Vaccination in the Punjab 1919-1929 - 1919-1929
Year: 1919
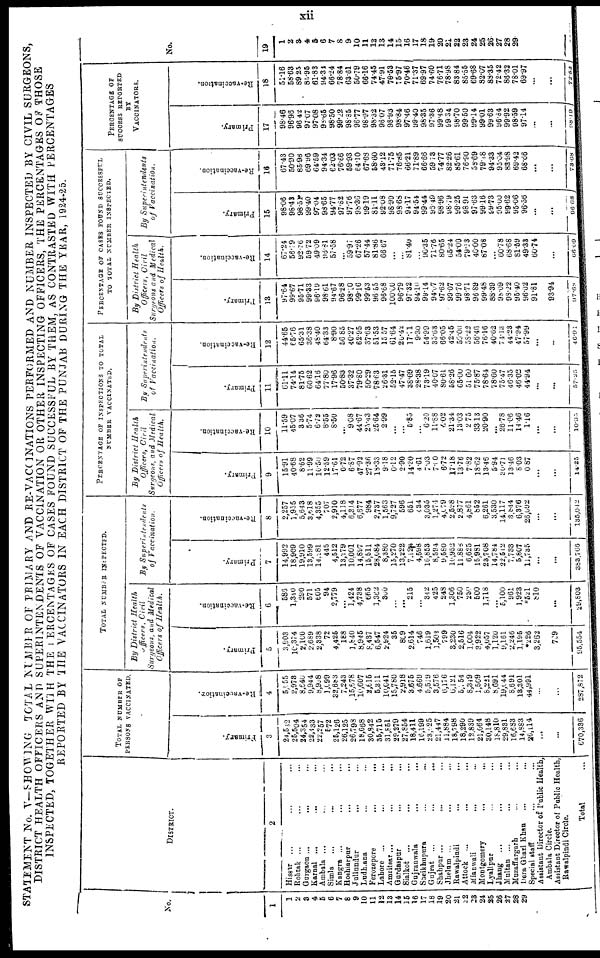
xii
STATEMENT No.—SHOWING TOTAL NUMBER OF PRIMARY AND RE-VACCINATIONS PERFORMED AND NUMBER INSPECTED BY CIVIL SURGEONS,
DISTRICT HEALTH OFFICERS AND SUPERINTENDENTS OF VACCINATION OR OTHER INSPECTING OFFICERS, THE PERCENTAGE OF THOSE
INSPECTED, TOGETHER WITH THE PERCENTAGES OF CASES FOUND SUCCESSFUL BY THEM, AS CONTRASTED WITH PERCENTAGES
REPORTED BY THE VACCINATORS IN EACH DISTRICT OF THE PUNJAB DURING THE YEAR, 1924-25
No.
1
1
2
3
4
5
6
7
8
9
10
11
12
13
14
15
16
17
18
19
20
21
22
23
24
25
26
27
28
29
DISTRICT.
2
Hissar ... ... ...
Rohtak ... ... ...
Gurgaon ... ... ...
Karnal ... ... ...
Ambala ... ... ...
Simla ... ... ...
Kangra ... ... ...
Hoshiarpur ... ... ...
Jullundur ... ... ...
Ludhiana ... ... ...
Ferozepore
...
... ...
Lahore ... ... ...
Amritsar ... ... ...
Gurdaspur ... ... ...
Sialkot ... ... ...
Gujranwala ... ... ...
Sheikhupura ... ... ...
Gujrat
...
...
...
Shahpur ...
... ...
Jhelum ... ... ...
Rawalpindi
...
... ...
Attock ... ... ...
Mianwali
... ... ...
Montgomery
...
... ...
Lyallpur ... ... ...
Jhang ... ... ...
Multan ... ... ...
Muzaffargarh ... ... ...
Dera Ghazi Khan ...
Special staff ...
Assistant Director of Public Health,
Ambala Circle.
Assistant Director of Public Health,
Rawalpindi Circle.
Total ...
TOTAL NUMBER OF
PERSONS VACCINATED.
Primary.
3
24,532
25,504
24,354
22,433
22,257
572
25,126
26,125
26,798
18,668
30,842
35,715
31,851
29,279
27,854
18,411
16,199
23,525
21,447
11,884
18,798
18,290
12,839
21,064
30,148
18,810
29,831
16,683
14,883
20,114
...
...
670,336
Re-Vaccination.
4
5,055
2,973
8,640
9,944
8,998
1,099
32,683
7,243
15,678
10,607
2,615
5,311
10,041
15,780
2,918
3,675
4,669
5,519
3,576
6,176
6,121
5,754
8,349
1,509
8,221
8,691
19,044
8,691
13,301
44,991
...
...
287,872
TOTAL NUMBER INSPECTED.
By District
Health
Officers,
Civil
Surgeons, and Medical
Officers of
Health.
Primary.
5
3,903
10,374
2,100
2,689
2,338
72
4,425
188
1,840
8,945
8,437
6,547
2,924
35
809
2,614
746
1,619
1,502
799
3,230
2,516
1,004
3,922
4,057
1,120
9,161
2,246
1,195
*226
3,262
789
95,554
Re-vaccination.
6
585
1,340
290
571
605
94
2,779
...
1,424
4,738
665
1,362
300
...
...
215
...
342
425
248
1,306
750
250
500
1,718
...
5,100
961
1,923
*521
810
...
29,803
By
Superintendents
of
Vaccination.
Primary.
7
14,992
18,909
19,910
18,599
14,281
445
4,512
13,279
10,001
14,897
15,511
28,084
8,380
15,270
13,222
7,124
4,598
16,853
8,594
9,580
10,952
11,888
6,625
15,981
23,708
14,784
22,512
7,733
5,807
11,735
...
...
383,766
Re-vaccination.
8
2,257
1,955
5,643
3,618
4,355
707
2,910
4,118
6,314
6,877
984
2,737
1,563
9,727
596
651
434
3,035
1,274
4,079
2,598
2,877
4,861
852
6,261
3,530
14,117
3,844
6,376
26,092
...
...
135,042
PERCENTAGE OF INSPECTIONS TO TOTAL
NUMBER VACCINATED.
By District
Health
Officers,
Civil
Surgeons, and Medical
Officers of
Health.
Primary.
9
15.91
40.68
8.62
11.99
10.50
12.59
17.61
0.72
6.87
47.92
27.36
18.33
9.18
0.12
2.90
14.20
4.61
7.03
7.10
6.72
17.18
13.76
7.82
18.62
13.46
5.94
30.71
13.46
8.03
0.87
...
...
14.25
Re-vaccination.
10
11.59
45.07
3.36
5.74
6.72
8.55
8.50
...
9.08
44.67
25.43
25.64
2.99
...
...
5.85
...
6.20
11.88
4.02
21.34
13.03
2.75
33.13
20.90
...
26.78
11.06
14.46
1.16
...
...
10.35
By
Superintendents
of
Vaccination.
Primary.
11
61.11
74.14
81.75
60.62
64.16
77.80
17.96
50.83
37.32
79.80
50.29
78.63
26.31
52.15
47.47
38.69
28.38
73.19
40.07
80.61
58.26
65.00
51.60
75.87
78.64
78.60
75.47
46.35
46.02
44.94
...
...
57.25
Re-vaccination.
12
44.65
65.76
65.31
36.38
48.40
64.33
8.90
56.85
40.27
62.95
37.63
51.53
15.57
61.64
20.42
17.71
9.30
54.99
35.63
66.05
42.45
50.00
58.22
56.46
76.16
40.62
74.13
44.23
47.94
57.99
...
...
46.91
PERCENTAGE OF CASES FOUND SUCCESSFUL
TO TOTAL NUMBER INSPECTED.
By District
Health
Officers, Civil
Surgeons and
Medical
Officers of
Health.
Primary.
13
97.64
99.67
95.71
99.33
96.19
98.61
94.67
96.28
98.10
99.16
99.53
96.55
96.68
100.00
96.79
97.32
94.10
99.14
94.07
97.62
99.07
99.76
98.71
96.89
99.48
88.39
98.09
98.22
95.40
96.02
91.81
93.94
97.68
Re-vaccination.
14
67.24
56.19
92.76
59.72
49.09
96.81
57.58
...
59.97
67.26
57.44
81.86
66.67
...
...
81.40
...
90.35
71.76
80.65
65.24
54.00
79.13
40.00
87.08
...
60.78
68.68
81.59
49.33
60.74
...
66.09
By
Superintendents
of
Vaccination.
Primary.
15
98.06
98.43
98.51
99.40
97.04
98.65
94.77
97.82
97.76
98.36
99.19
81.11
92.08
98.99
98.68
94.17
94.54
99.44
98.49
98.96
98.79
99.25
98.91
97.63
99.16
99.73
95.00
99.62
95.06
96.56
...
...
96.68
Re-vaccination.
16
67.43
50.90
85.98
69.96
64.59
94.34
62.03
76.66
59.93
64.10
67.68
58.60
43.12
71.75
76.85
66.21
71.89
66.66
59.73
74.77
82.26
85.61
76.90
58.69
79.48
94.33
95.04
83.98
69.42
68.66
...
...
73.68
PERCENTAGE OF
SUCCESS REPORTED
BY
VACCINATORS.
Primary.
17
98.46
96.98
96.42
97.07
97.08
98.65
98.50
99.22
98.85
96.77
98.97
98.32
98.07
98.93
98.84
97.46
99.40
98.35
97.36
99.48
99.34
98.70
99.50
99.14
99.01
99.63
96.84
99.92
98.59
97.14
...
...
98.19
Re-vaccination.
18
51.16
58.63
89.25
85.95
61.83
94.34
66.24
78.84
63.61
50.79
66.16
74.45
47.91
70.53
75.97
70.46
71.37
69.97
74.60
76.71
78.98
83.84
85.55
69.68
32.67
88.35
72.42
88.32
78.01
69.97
...
...
72.52
No.
19
1
2
3
4
5
6
7
8
9
10
11
12
13
14
15
16
17
18
19
20
21
22
23
24
25
26
27
28
29